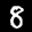
Label: 8